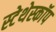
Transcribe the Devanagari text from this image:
स्‍टेथेस्‍कॉप